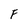
Character: F